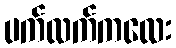
ပက်လက်ကလေး